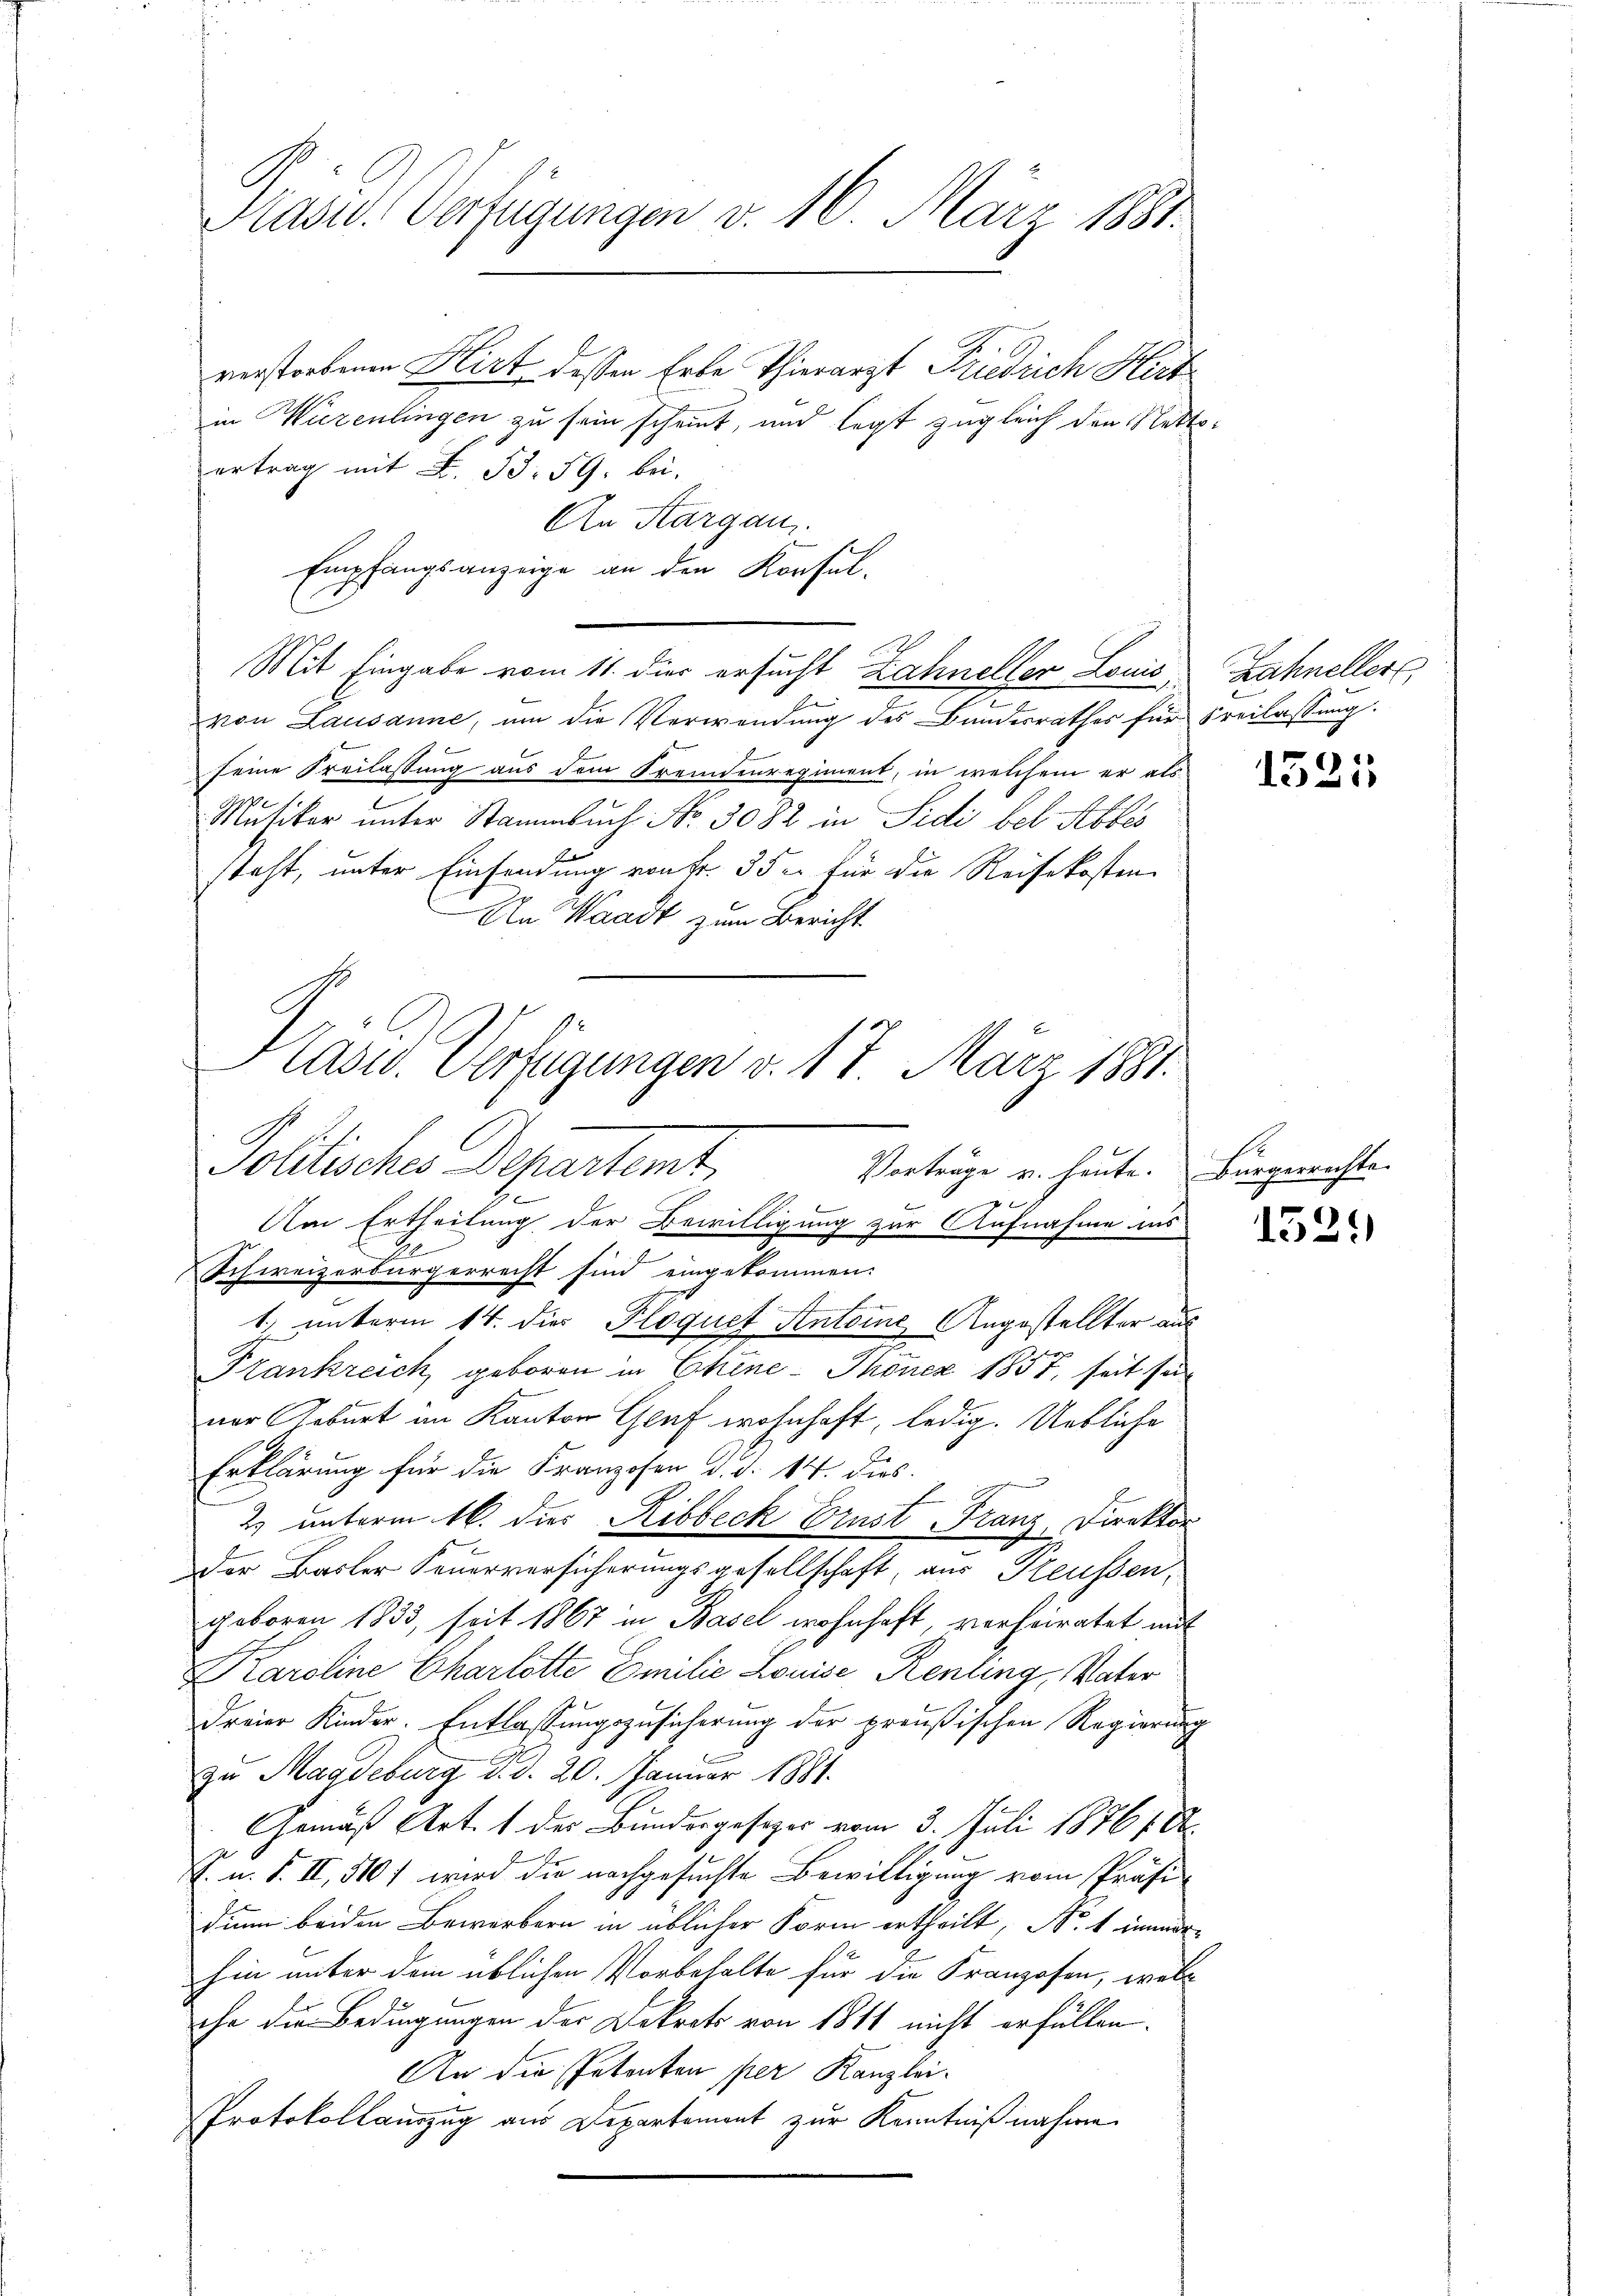
Präsid. Verfügungen v. 16. März 1881.

verstorbenen Hirt, dessen Erbe Thierarzt Friedrich Hirt
in Würenlingen zu sein scheint, und legt zugleich den Netto
Vertrag mit L. S. 59, bei.
An Aargau.
Empfangsanzeige an den Konsul-
Mit Eingabe vom 11. dies ersucht Zahneller Louis
von Lausanne, um die Verwendung des Bundesrathes für Freilassung.
seine Freilassung aus dem Fremdenregiment, in welchem er als
7
Mutiker unter Stammbuch No. 3082 in Sidi bel. Abbes
F
steht, unter Einsendung von Fr. 35 u. für die Reisekosten
An Waadt zum Bericht.
Pollische Departemt,
Vorträge v. heute. Bürgerrechte
e
Am Ertheilung der Bewilligung zur Aufnahme ins
Schweizerbürgerrecht sind eingekommen.
1) unterm 14. dies Ploquet Antoine Angestellter aus
Frankreich, geboren in Chene - Monez 1857, seit sein
ner Geburt im Kanton Graf wohnhaft, ledig. Uetliche
Erklärung für die Franzosen d. d. 14. dies
.
2. unterm 16. dies Ribbeck Ernst Franz, Direktor
der Basler Feuerversicherungsgesellschaft, aus Keussen,
geboren 1833, seit 1867 in Basel wohnhaft verheiratet mit
Karoline Charlotte Emilie Louise Renting, Vater
dreier Kinder. Entlassungszusicherung der preußischen Regierung
zu Magdeburg d. d. 20. Januar 1881.
Gemäß Art. 1 der Bundergesezes vom 3. Juli 1876 f. A
F. u. F. II, 5107 wird die nachgesuchte Bewilligung vom Präsidium beiden Bewerbern in üblicher Form ertheilt, No 1 inmör-
hin unter dem üblichen Vorbehalte für die Franzosen, welc
che die Bedingungen der Dekrets von 1811 nicht erfüllen.
An die Petenten per Kanzlei-
Protokollauszug aus Departement zur Kenntniß nahme

x
Kasid. Verfügungen v. 17. März 1881.

Zahneller,

1525

B

1524